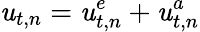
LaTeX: \mathit{u}_{t,n}=\mathit{u}_{t,n}^{e}+\mathit{u}_{t,n}^{a}